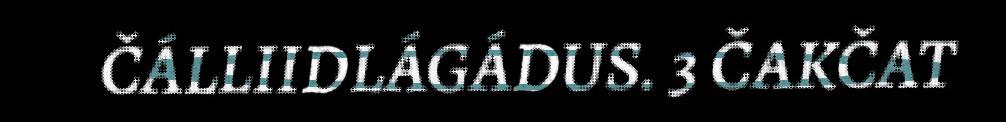
ČÁLLIIDLÁGÁDUS. 3 ČAKČAT